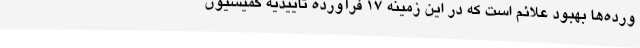
ورده‌ها بهبود علائم است که در این زمینه ۱۷ فرآورده تاییدیه کمیسیون